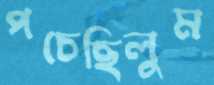
পচেছিলুম